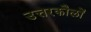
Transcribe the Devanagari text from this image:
उत्तरकौलों